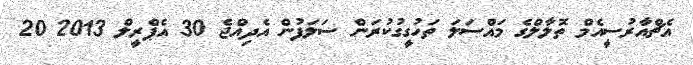
އެޗްއާރުސީއެމް ތޮލާލްގެ މައްސަލަ ތަހުގީގުކުރަން ސަލަފުން އެދިއްޖެ 30 އެޕްރީލް 2013 20